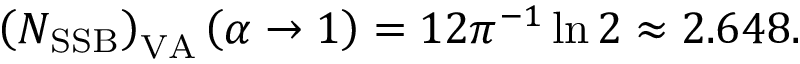
\left( N _ { \mathrm { S S B } } \right) _ { \mathrm { V A } } \left( \alpha \rightarrow 1 \right) = 1 2 \pi ^ { - 1 } \ln 2 \approx 2 . 6 4 8 .